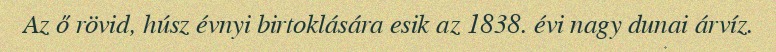
Az ő rövid, húsz évnyi birtoklására esik az 1838. évi nagy dunai árvíz.